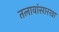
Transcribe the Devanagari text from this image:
तलावांसारखा